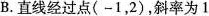
B.直线经过点(-1，2)，斜率为1